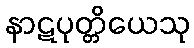
နာဋပုတ္တိယေသု